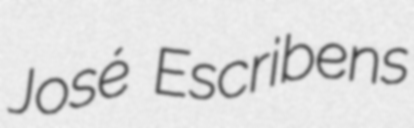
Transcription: José Escribens